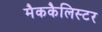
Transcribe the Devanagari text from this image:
मैककैलिस्टर